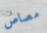
مصاص